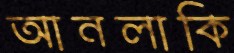
আনলাকি